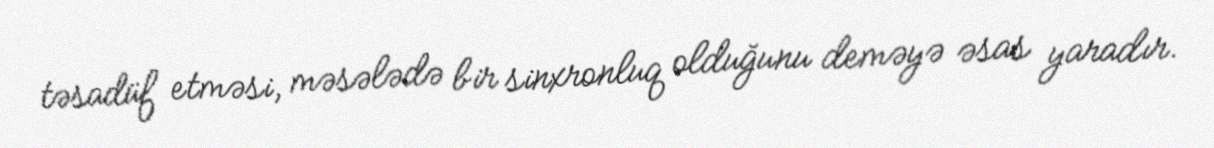
təsadüf etməsi, məsələdə bir sinxronluq olduğunu deməyə əsas yaradır.